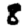
Digit: 8